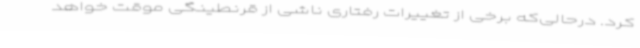
کرد. درحالی‌که برخی از تغییرات رفتاری ناشی از قرنطینگی موقت خواهد